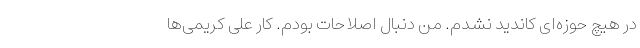
در هیچ حوزه‌ای کاندید نشدم. من دنبال اصلاحات بودم. کار علی کریمی‌ها